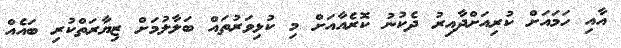
އާއި ހަމައަށް ކުރިއަށްދާއިރު ދެކުނު ކޮރެއާއަށް މި ކުޅިވަރުތައް ބަލާލުމަށް ޒިޔާރަތްކުރި ބައެއް